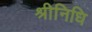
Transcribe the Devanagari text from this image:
श्रीनिधि